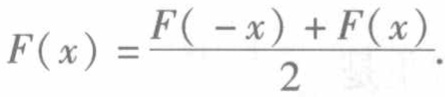
\[
F(x)=\frac{F(-x)+F(x)}{2}.
\]